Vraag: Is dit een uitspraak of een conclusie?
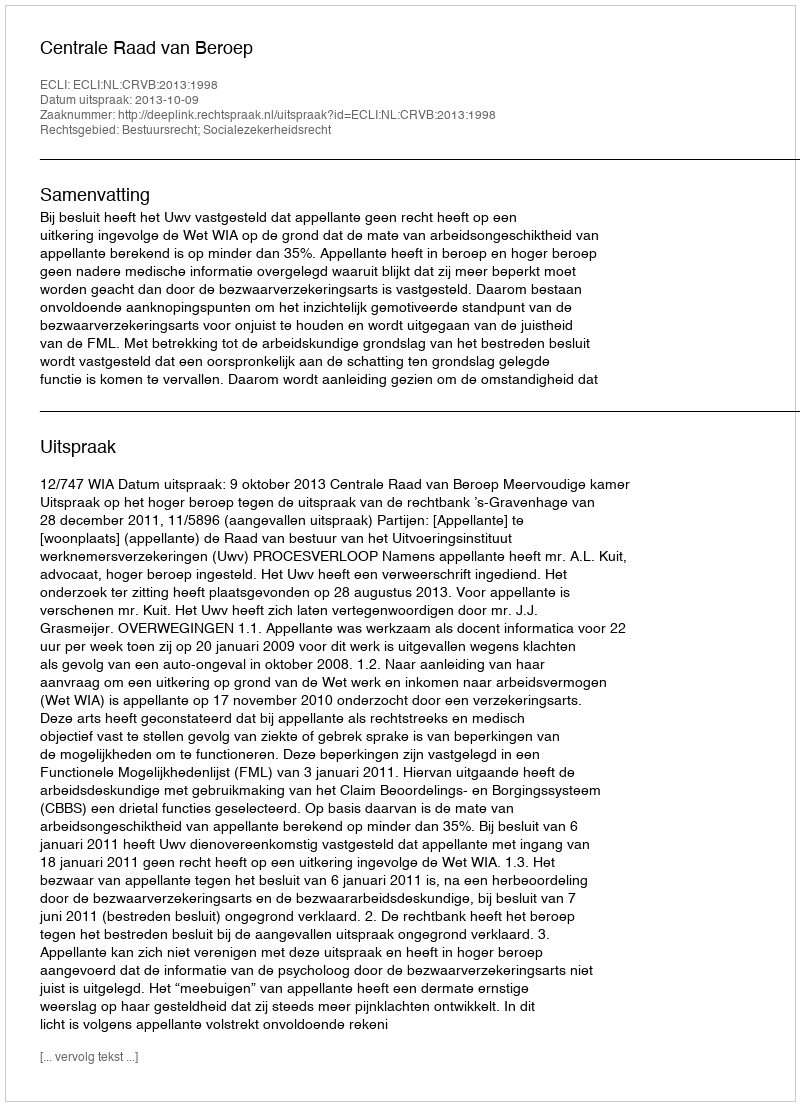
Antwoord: Uitspraak